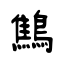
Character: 鷦